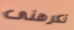
تكرهنى